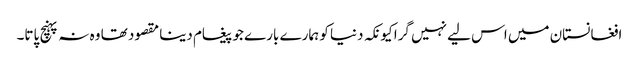
افغانستان میں اس لیے نہیں گرا کیونکہ دنیا کو ہمارے بارے جو پیغام دینا مقصود تھا وہ نہ پہنچ پاتا۔